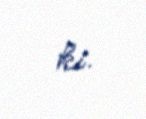
ki.